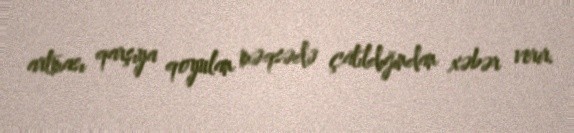
artması qarşıya qoyulan məqsədə çatıldığından xəbər verir.